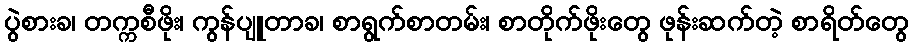
ပွဲစားခ၊ တက္ကစီဖိုး၊ ကွန်ပျူတာခ၊ စာရွက်စာတမ်း၊ စာတိုက်ဖိုးတွေ ဖုန်းဆက်တဲ့ စာရိတ်တွေ